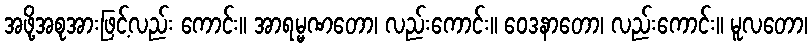
အဖို့အစုအားဖြင့်လည်း ကောင်း။ အာရမ္မဏတော၊ လည်းကောင်း။ ဝေဒနာတော၊ လည်းကောင်း။ မူလတော၊